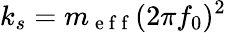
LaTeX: k_{s}=m_{\mathrm{~e~f~f~}}(2\pi f_{0})^{2}